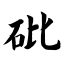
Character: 砒